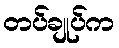
တပ်ချုပ်က